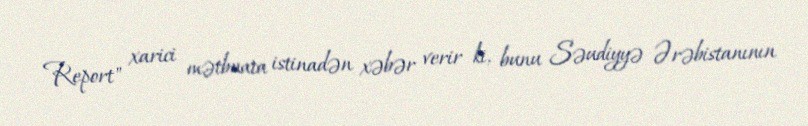
Report" xarici mətbuata istinadən xəbər verir ki, bunu Səudiyyə Ərəbistanının